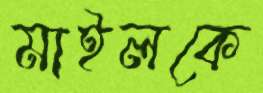
মাইলকে